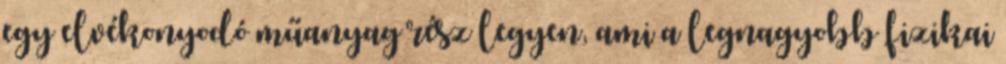
egy elvékonyodó műanyag rész legyen, ami a legnagyobb fizikai